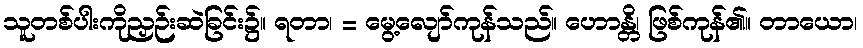
သူတစ်ပါးကိုညှဉ်းဆဲခြင်း၌။ ရတာ၊ = မွေ့လျော်ကုန်သည်။ ဟောန္တိ၊ ဖြစ်ကုန်၏။ တာယော၊